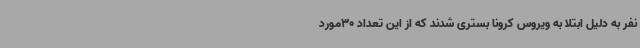
نفر به دلیل ابتلا به ویروس کرونا بستری شدند که از این تعداد 30مورد